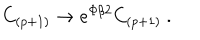
C _ { ( p + 1 ) } \rightarrow e ^ { \Phi / 2 } C _ { ( p + 1 ) } \ .